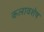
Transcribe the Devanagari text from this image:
कलावशेष